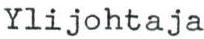
Ylijohtaja